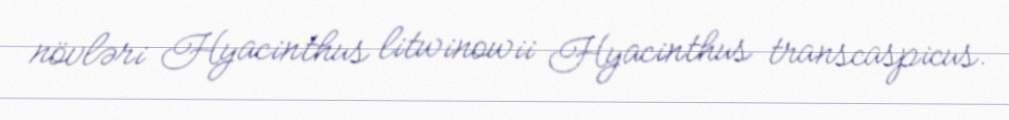
növləri Hyacinthus litwinowii Hyacinthus transcaspicus.